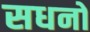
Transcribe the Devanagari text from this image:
सधनो